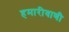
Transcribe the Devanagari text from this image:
हमारीवाणी